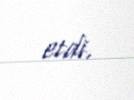
etdi.